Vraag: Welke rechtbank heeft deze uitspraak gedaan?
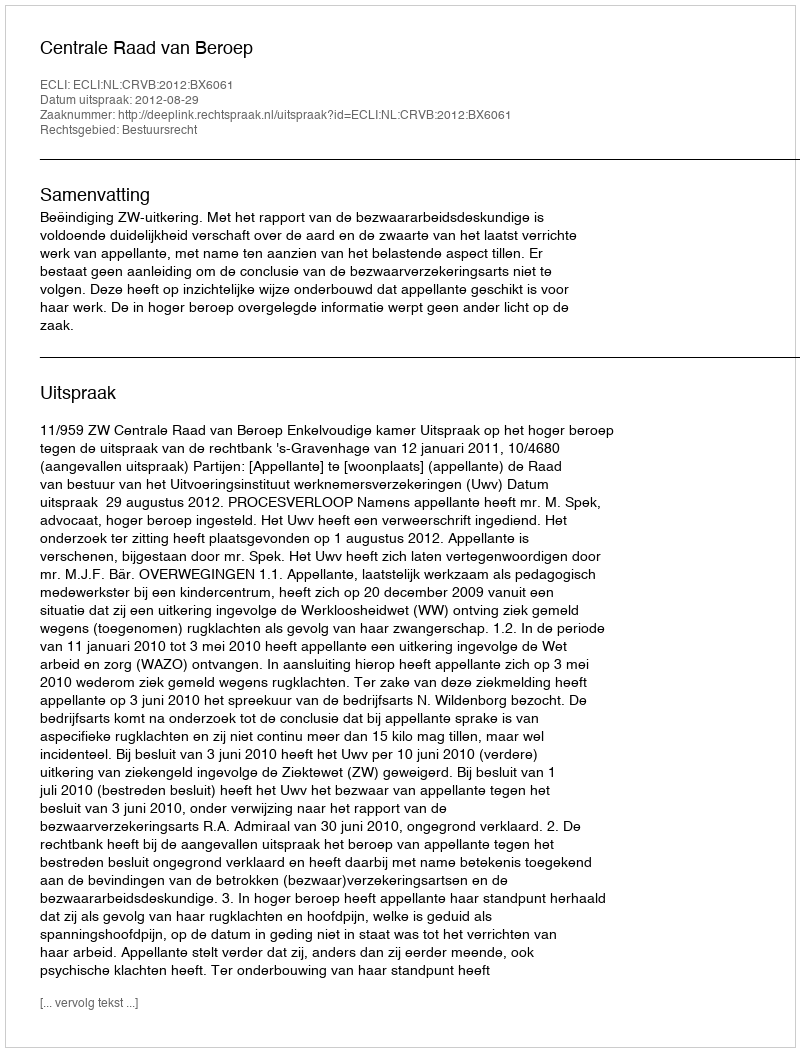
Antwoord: Centrale Raad van Beroep